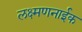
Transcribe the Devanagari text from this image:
लक्ष्मणनाईक